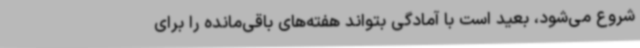
شروع می‌شود، بعید است با آمادگی بتواند هفته‌های باقی‌مانده را برای